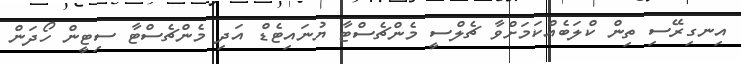
އިނގިރޭސި ތިން ކްލަބެއްކަމަށްވާ ޗެލްސީ މެންޗެސްޓާ ޔުނައިޓެޑް އަދި މެންޗެސްޓާ ސިޓީން ހޯދަން